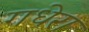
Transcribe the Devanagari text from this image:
गधेरा